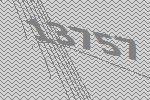
13757